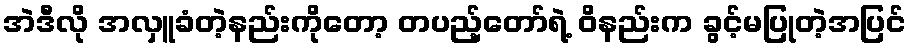
အဲဒီလို အလှူခံတဲ့နည်းကိုတော့ တပည့်တော်ရဲ့ ဝိနည်းက ခွင့်မပြုတဲ့အပြင်